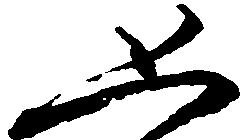
恐